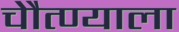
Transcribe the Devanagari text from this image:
चेौत्ण्याला